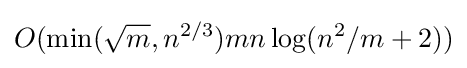
O(\min({\sqrt {m}},n^{2/3})mn\log(n^{2}/m+2))